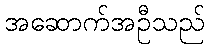
အဆောက်အဦသည်